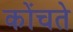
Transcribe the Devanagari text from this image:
कोंचते